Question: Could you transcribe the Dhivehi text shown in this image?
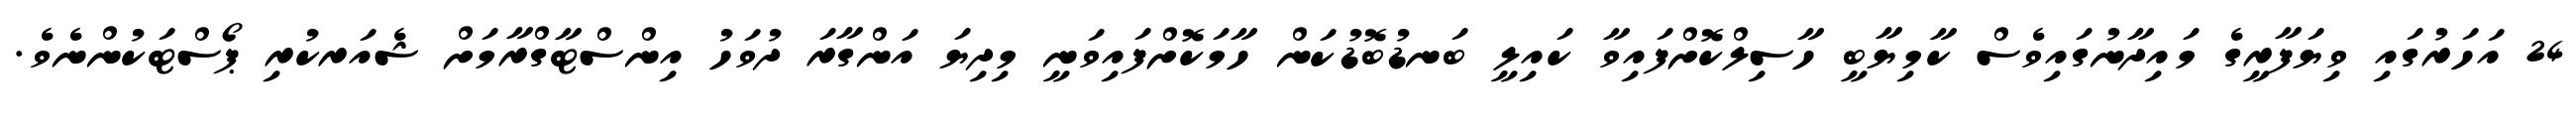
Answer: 24 އަހަރުގައި ވިޔަފާރީގެ މައިދާނުގައިވެސް ކާމިޔާބީ ހާސިލްކޮށްފައިވާ ކައިލީ ބަނޑުބޮޑުކަން ހާމަކޮށްފައިވަނީ މިދިޔަ އަންގާރަ ދުވަހު އިންސްޓާގްރާމަށް ޝެއަރކުރި ޕޯސްޓަކުންނެވެ.